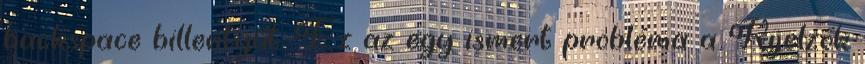
backspace billentyűt. Ez az egy ismert probléma a Kijelzők